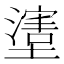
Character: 𱘈